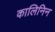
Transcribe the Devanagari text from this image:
कालिनिन